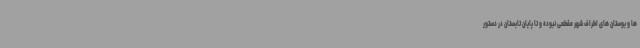
ها و بوستان های اطراف شهر مقطعی نبوده و تا پایان تابستان در دستور